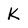
Character: k